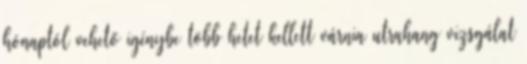
hónaptól vehető igénybe több hetet kellett várnia utrahang vizsgálat